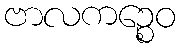
ဗာလကဉ္စေဝ